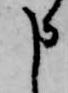
申